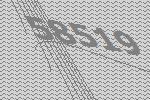
58519